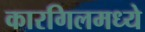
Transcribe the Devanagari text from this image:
कारगिलमध्ये